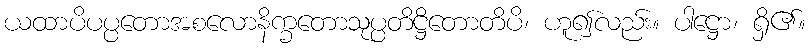
ယထာပိပပ္ပတောအစလောနိက္ခတောသုပ္ပတိဋ္ဌိတောတိပိ၊ ဟူ၍လည်း။ ပါဋ္ဌော၊ ရှိ၏။